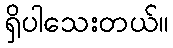
ရှိပါသေးတယ်။